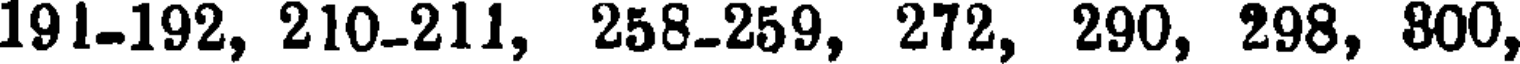
191-192, 210-211, 258-259, 272, 290, 298, 800,